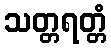
သတ္တရတ္တံ